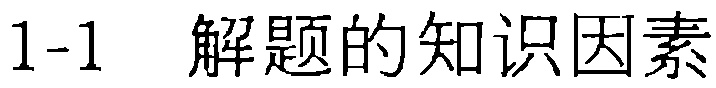
1-1 解题的知识因素